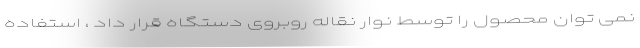
نمی توان محصول را توسط نوار نقاله روبروی دستگاه قرار داد ، استفاده